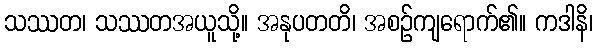
သဿတ၊ သဿတအယူသို့။ အနုပတတိ၊ အစဉ်ကျရောက်၏။ ကဒါနိ၊